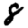
Digit: 8